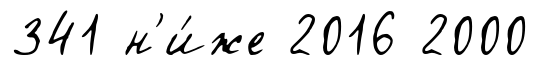
341 н'и́же 2016 2000